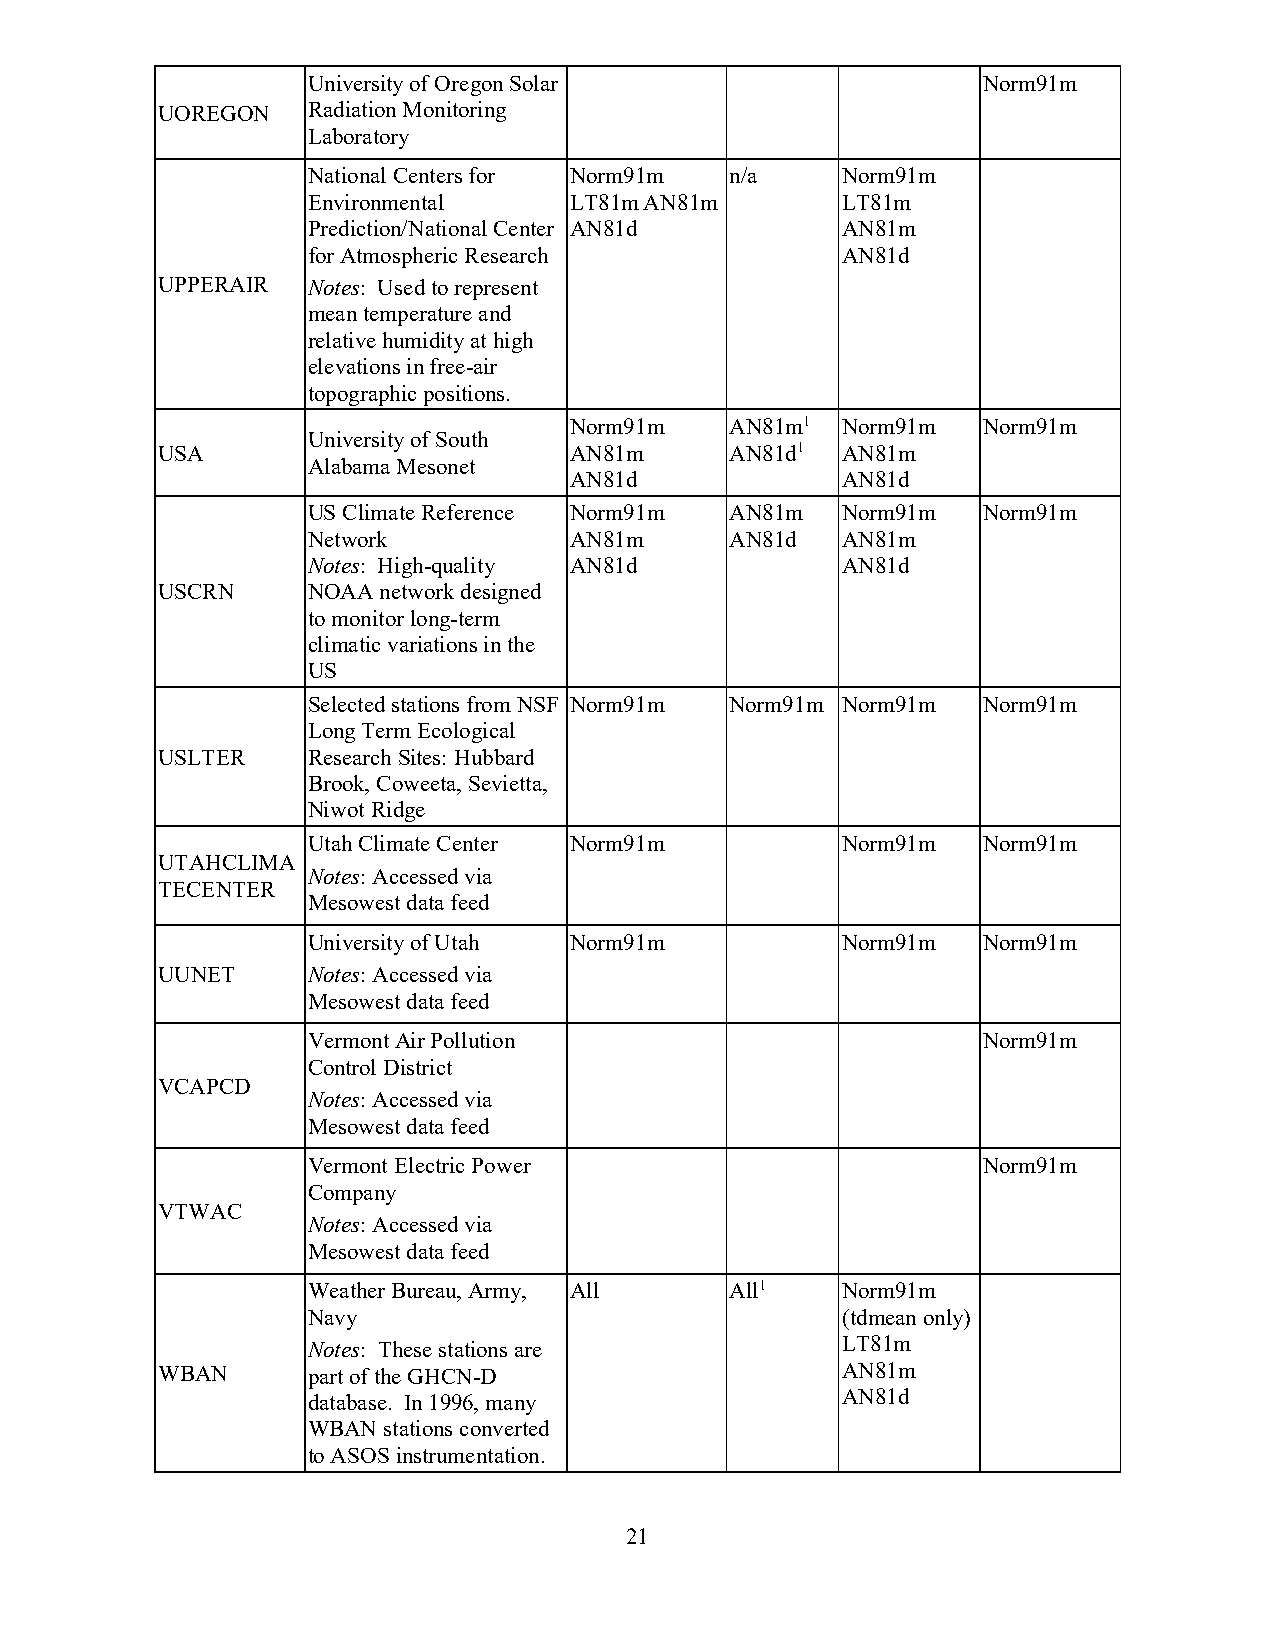
University of Oregon Solar                   Norm91m
 UOREGON   Radiation Monitoring
 Laboratory
 National Centers for Norm91m n/a    Norm91m
 Environmental     LT81m AN81m       LT81m
 Prediction/National Center AN81d    AN81m
 for Atmospheric Research            AN81d
 UPPERAIR  Notes: Used to represent
 mean temperature and
 relative humidity at high
 elevations in free-air
 topographic positions.
 Norm91m   AN81m1  Norm91m  Norm91m
 University of South
 USA                         AN81m     AN81d1  AN81m
 Alabama Mesonet
 AN81d             AN81d
 US Climate Reference Norm91m AN81m  Norm91m  Norm91m
 Network           AN81m     AN81d   AN81m
 Notes: High-quality AN81d           AN81d
 USCRN     NOAA network designed
 to monitor long-term
 climatic variations in the
 US
 Selected stations from NSF Norm91m Norm91m Norm91m Norm91m
 Long Term Ecological
 USLTER    Research Sites: Hubbard
 Brook, Coweeta, Sevietta,
 Niwot Ridge
 Utah Climate Center Norm91m         Norm91m  Norm91m
 UTAHCLIMA
 Notes: Accessed via
 TECENTER
 Mesowest data feed
 University of Utah Norm91m          Norm91m  Norm91m
 UUNET     Notes: Accessed via
 Mesowest data feed
 Vermont Air Pollution                        Norm91m
 Control District
 VCAPCD
 Notes: Accessed via
 Mesowest data feed
 Vermont Electric Power                       Norm91m
 Company
 VTWAC
 Notes: Accessed via
 Mesowest data feed
 Weather Bureau, Army, All   All1    Norm91m
 Navy                                (tdmean only)
 LT81m
 Notes: These stations are
 WBAN      part of the GHCN-D                  AN81m
 AN81d
 database. In 1996, many
 WBAN stations converted
 to ASOS instrumentation.
 21